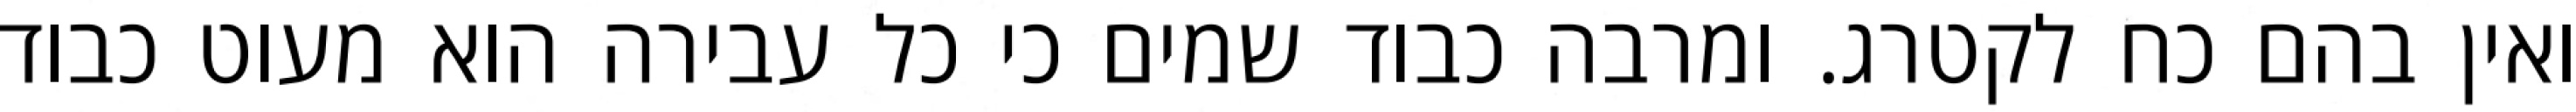
ואין בהם כח לקטרג. ומרבה כבוד שמים כי כל עבירה הוא מעוט כבוד